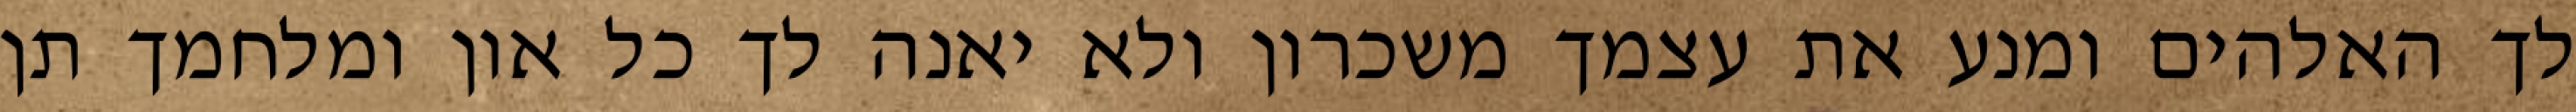
לך האלהים ומנע את עצמך משכרון ולא יאנה לך כל און ומלחמך תן